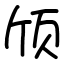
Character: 颀